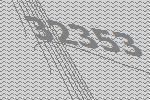
32353